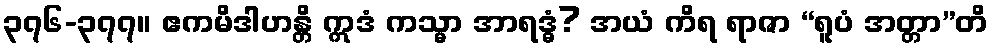
၃၇၆-၃၇၇။ ဧကမိဒါဟန္တိ ဣဒံ ကသ္မာ အာရဒ္ဓံ? အယံ ကိရ ရာဇာ “ရူပံ အတ္တာ”တိ